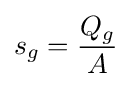
s_{g}={\frac {Q_{g}}{A}}